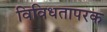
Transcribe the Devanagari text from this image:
विविधतापरक